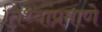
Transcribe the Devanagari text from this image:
तिथ्यांप्रमाणे